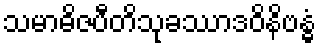
သမာဓိဇပီတိသုခဿာဒဝိနိဗန္ဓံ